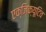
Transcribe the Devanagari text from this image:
एक्ज़िक्यूटिव